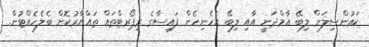
ކައުންސިލަށް ލިބޭ އާމްދަނީ އާއި ލިބޭ އެހެނިހެން ފައިސާގެ ރިޕޯރޓްތައް ތައްޔާރުކޮށް ބެލެހެއްޓުން.